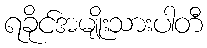
ရခိုင်အမျိုးသားပါတီ